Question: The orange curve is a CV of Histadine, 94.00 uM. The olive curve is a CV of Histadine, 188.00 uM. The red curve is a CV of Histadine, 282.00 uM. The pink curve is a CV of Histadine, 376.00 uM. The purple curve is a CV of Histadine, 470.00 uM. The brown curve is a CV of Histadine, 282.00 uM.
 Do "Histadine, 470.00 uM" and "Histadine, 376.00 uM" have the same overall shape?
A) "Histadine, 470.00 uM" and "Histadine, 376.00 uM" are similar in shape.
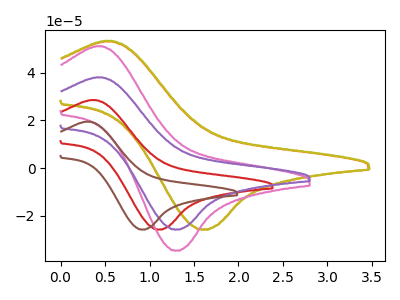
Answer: <think>The orange curve "Histadine, 94.00 uM" has an anodic peak at (0.55V, 53.00uA) and a cathodic peak at (1.60V, -25.65uA). The olive curve "Histadine, 188.00 uM" has an anodic peak at (0.55V, 53.25uA) and a cathodic peak at (1.60V, -25.65uA). The red curve "Histadine, 282.00 uM" has an anodic peak at (0.35V, 28.45uA) and a cathodic peak at (1.10V, -25.70uA). The pink curve "Histadine, 376.00 uM" has an anodic peak at (0.45V, 50.95uA) and a cathodic peak at (1.30V, -34.50uA). The purple curve "Histadine, 470.00 uM" has an anodic peak at (0.45V, 37.95uA) and a cathodic peak at (1.30V, -25.70uA). The brown curve "Histadine, 282.00 uM" has an anodic peak at (0.30V, 19.40uA) and a cathodic peak at (0.95V, -25.70uA).
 All the peaks in "Histadine, 470.00 uM" have a peak in "Histadine, 376.00 uM" at the same potential. Every peak in "Histadine, 470.00 uM" is lower than every peak in "Histadine, 376.00 uM".</think>
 <answer>A) "Histadine, 470.00 uM" and "Histadine, 376.00 uM" are similar in shape.</answer>
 <eval>A</eval>